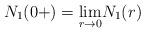
LaTeX: \begin{align*}N_1(0+) = \underset{r \to 0}{\lim} N_1(r)\end{align*}